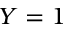
Y = 1